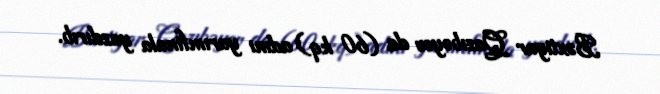
Bəxtiyar Qazıbəyov da (60 kq) adını yarımfinala yazdırıb.